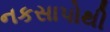
નકસાપોથી